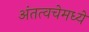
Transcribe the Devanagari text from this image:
अंतत्वचेमध्ये